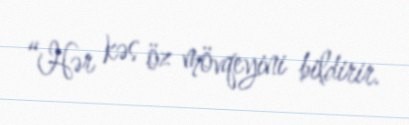
“Hər kəs öz mövqeyini bildirir.